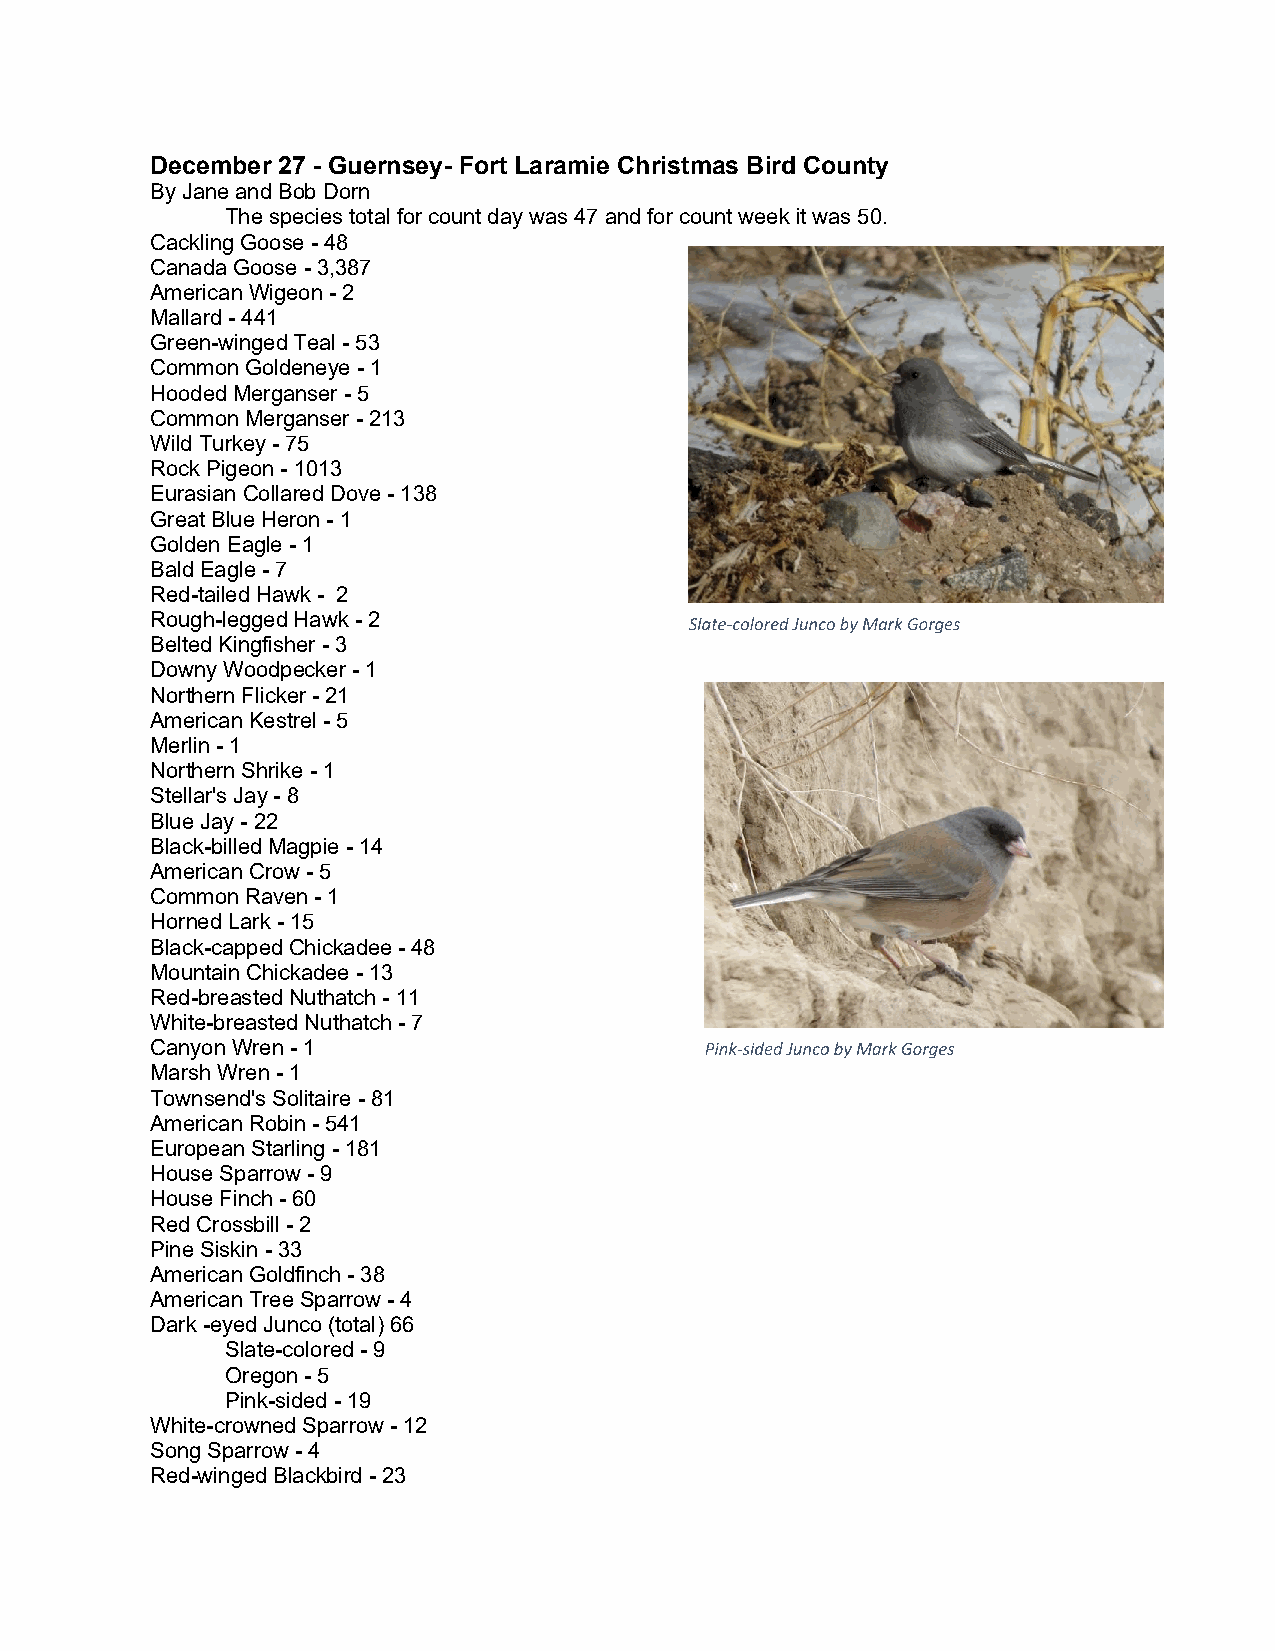
December 27 - Guernsey- Fort Laramie Christmas Bird County
 By Jane and Bob Dorn
 The species total for count day was 47 and for count week it was 50.
 Cackling Goose - 48
 Canada Goose - 3,387
 American Wigeon - 2
 Mallard - 441
 Green-winged Teal - 53
 Common Goldeneye - 1
 Hooded Merganser - 5
 Common Merganser - 213
 Wild Turkey - 75
 Rock Pigeon - 1013
 Eurasian Collared Dove - 138
 Great Blue Heron - 1
 Golden Eagle - 1
 Bald Eagle - 7
 Red-tailed Hawk - 2
 Rough-legged Hawk - 2
 Belted Kingfisher - 3
 Downy Woodpecker - 1
 Northern Flicker - 21
 American Kestrel - 5
 Merlin - 1
 Northern Shrike - 1
 Stellar's Jay - 8
 Blue Jay - 22
 Black-billed Magpie - 14
 American Crow - 5
 Common Raven - 1
 Horned Lark - 15
 Black-capped Chickadee - 48
 Mountain Chickadee - 13
 Red-breasted Nuthatch - 11
 White-breasted Nuthatch - 7
 Canyon Wren - 1
 Marsh Wren - 1
 Townsend's Solitaire - 81
 American Robin - 541
 European Starling - 181
 House Sparrow - 9
 House Finch - 60
 Red Crossbill - 2
 Pine Siskin - 33
 American Goldfinch - 38
 American Tree Sparrow - 4
 Dark -eyed Junco (total) 66
 Slate-colored - 9
 Oregon - 5
 Pink-sided - 19
 White-crowned Sparrow - 12
 Song Sparrow - 4
 Red-winged Blackbird - 23